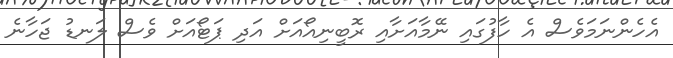
އެހެންނަމަވެސް އެ ހާފުގައި ނޭމާއަށާއި ރޮބީނިއޯއަށް އަދި ޕަޓޯއަށް ވެސް ލަނޑު ޖަހާނެ